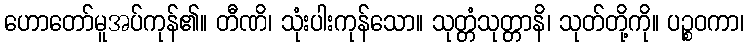
ဟောတော်မူအပ်ကုန်၏။ တီဏိ၊ သုံးပါးကုန်သော။ သုတ္တံသုတ္တာနိ၊ သုတ်တို့ကို။ ပဉ္စဝကာ၊